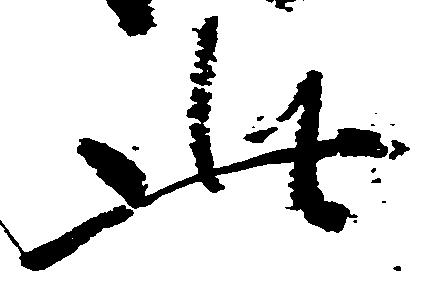
此